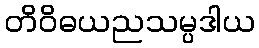
တိဝိဓယညသမ္ပဒါယ